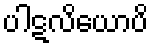
ပါဋလိယောပိ